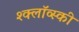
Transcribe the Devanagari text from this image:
श्क्लॉव्स्की